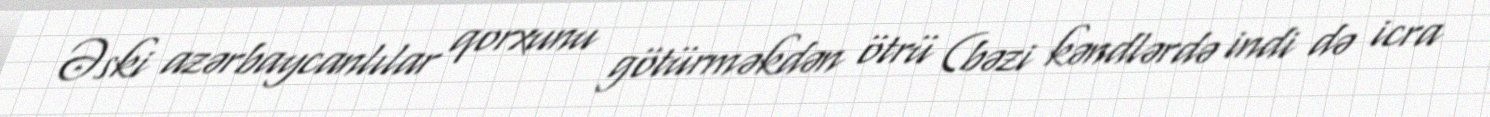
Əski azərbaycanlılar qorxunu götürməkdən ötrü (bəzi kəndlərdə indi də icra